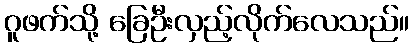
ဂူဖက်သို့ ခြေဦးလှည့်လိုက်လေသည်။